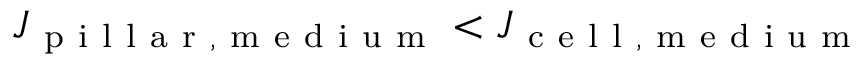
J _ { \mathrm { ~ p ~ i ~ l ~ l ~ a ~ r ~ , ~ m ~ e ~ d ~ i ~ u ~ m ~ } } < J _ { \mathrm { ~ c ~ e ~ l ~ l ~ , ~ m ~ e ~ d ~ i ~ u ~ m ~ } }